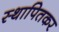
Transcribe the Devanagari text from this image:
स्थापितकर